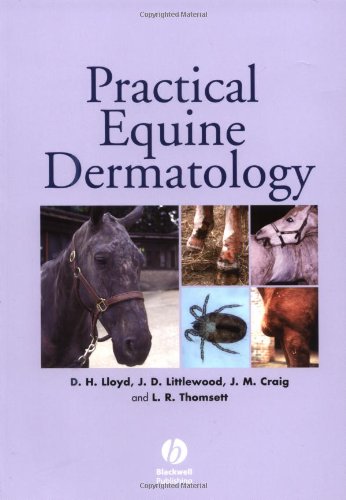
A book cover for Practical Equine Dermatology; David Lloyd; Medical Books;